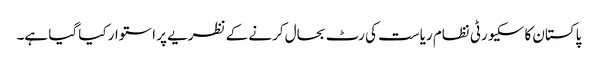
پاکستان کا سکیورٹی نظام ریاست کی رٹ بحال کرنے کے نظریے پر استوار کیا گیا ہے۔